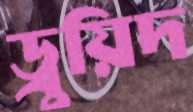
ড্রুয়িদ